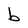
Character: b